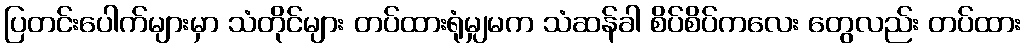
ပြတင်းပေါက်များမှာ သံတိုင်များ တပ်ထားရုံမျှမက သံဆန်ခါ စိပ်စိပ်ကလေး တွေလည်း တပ်ထား